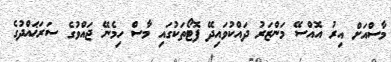
މާސްއަށް އިރު އޮއްސޭ މަންޒަރު ދައްކުވައިދޭ ފޮޓޯތަކުގައި މާސް ހިމެނޭ ޖައްވުގެ ސަރަޚައްދުގެ